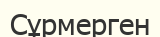
Сұрмерген